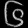
Digit: ၆